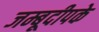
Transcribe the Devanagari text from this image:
जम्बूदीपके